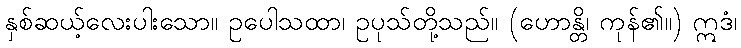
နှစ်ဆယ့်လေးပါးသော။ ဥပေါသထာ၊ ဥပုသ်တို့သည်။ (ဟောန္တိ၊ ကုန်၏။) ဣဒံ၊